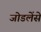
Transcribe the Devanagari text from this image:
जोडलेंसे